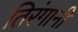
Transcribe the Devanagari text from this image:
तिरंगानी